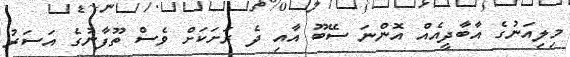
މިލިއަނުގެ އާބާދީއެއް އޮންނަ ސޭބޫ އާއި ދެ ރަށަކަށް ވެސް ތޫފާނުގެ އަސަރު